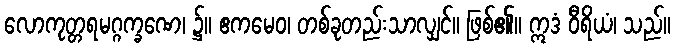
လောကုတ္တရမဂ္ဂက္ခဏေ၊ ၌။ ဧကမေဝ၊ တစ်ခုတည်းသာလျှင်။ ဖြစ်၏။ ဣဒံ ဝီရိယံ၊ သည်။